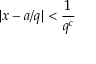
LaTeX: | x - a / q | < { \frac { 1 } { q ^ { c } } }